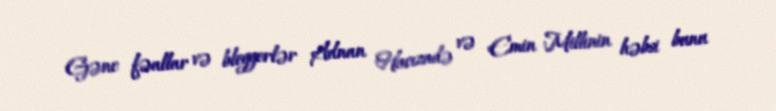
Gənc fəallar və bloggerlər Adnan Hacızadə və Emin Millinin həbsi bunu